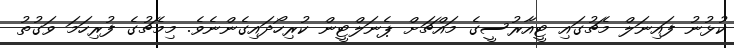
ކުޅުނު ފައިނަލް މެޗުގައި ޓީއާރުސީގެ މައްޗަށް ޕެނަލްޓީން ކުރިހޯދައިގެންނެވެ. މިމެޗުގެ ފުރިހަމަ ވަގުތު